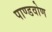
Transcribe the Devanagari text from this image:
पाण्डवोण